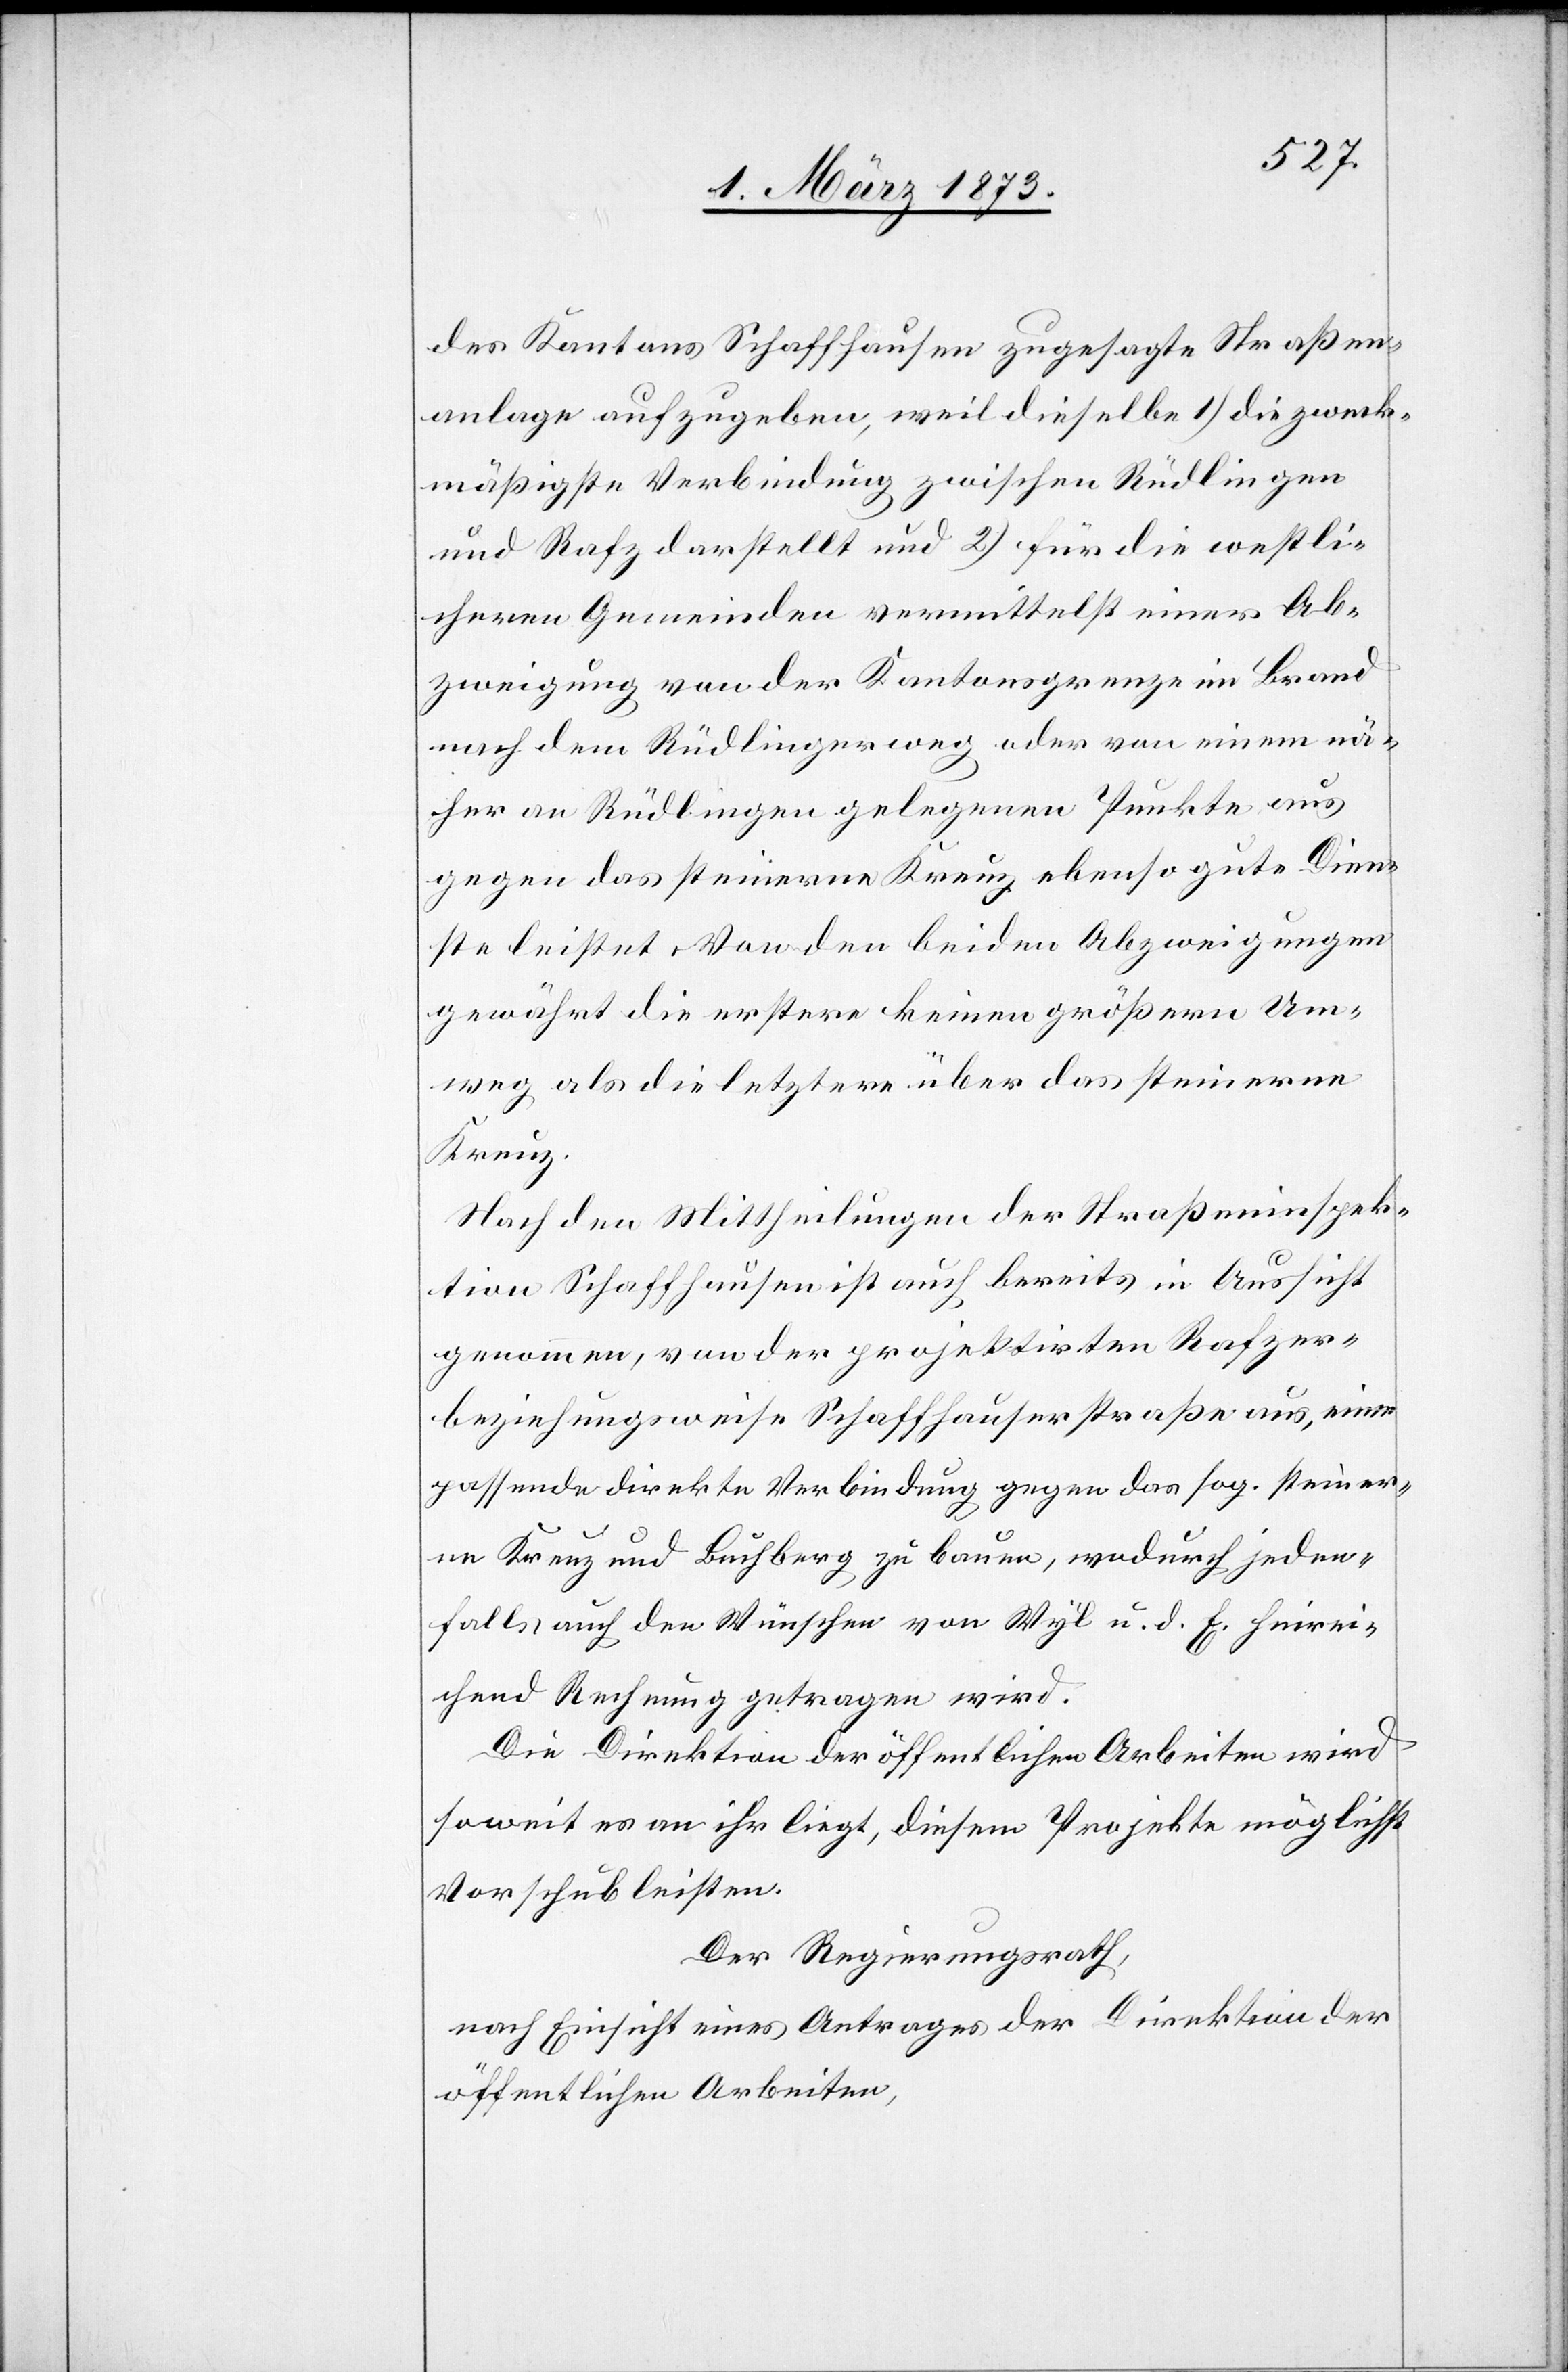
des Kantons Schaffhausen zugesagte Straßen¬
anlage aufzugeben, weil dieselbe 1) die zweck¬
mäßigtste Verbindung zwischen Rüdlingen
und Rafz darstellt und 2) für die westli¬
cheren Gemeinden vermittelst einer Ab¬
zweigung von der Kantonsgrenze in Brand
nach dem Rüdlingerweg oder von einem nä¬
her an Rüdlingen gelegenen Punkte aus
gegen das steinerne Kreuz ebenso gute Dien¬
ste leistet. Von den beiden Abzweigungen
gewährt die erstere keinen größern Um¬
weg als die letztere über das steinerne
Kreuz.
Nach den Mittheilungen der Straßeninspek¬
tion Schaffhausen ist auch bereits in Aussicht
genommen, von der projektirten Rafzer-
beziehungsweise Schaffhauserstraße aus, eine
passende direkte Verbindung gegen das sog. steiner¬
ne Kreuz und Buchberg zu bauen, wodurch jeden¬
falls auch den Wünschen von Wyl u. d. E. hinrei¬
chend Rechnung getragen wird.
Die Direktion der öffentlichen Arbeiten wird
soweit es an ihr liegt, diesem Projekte möglichst
Vorschub leisten.
Der Regierungsrath,
nach Einsicht eines Antrages der Direktion der
öffentlichen Arbeiten,